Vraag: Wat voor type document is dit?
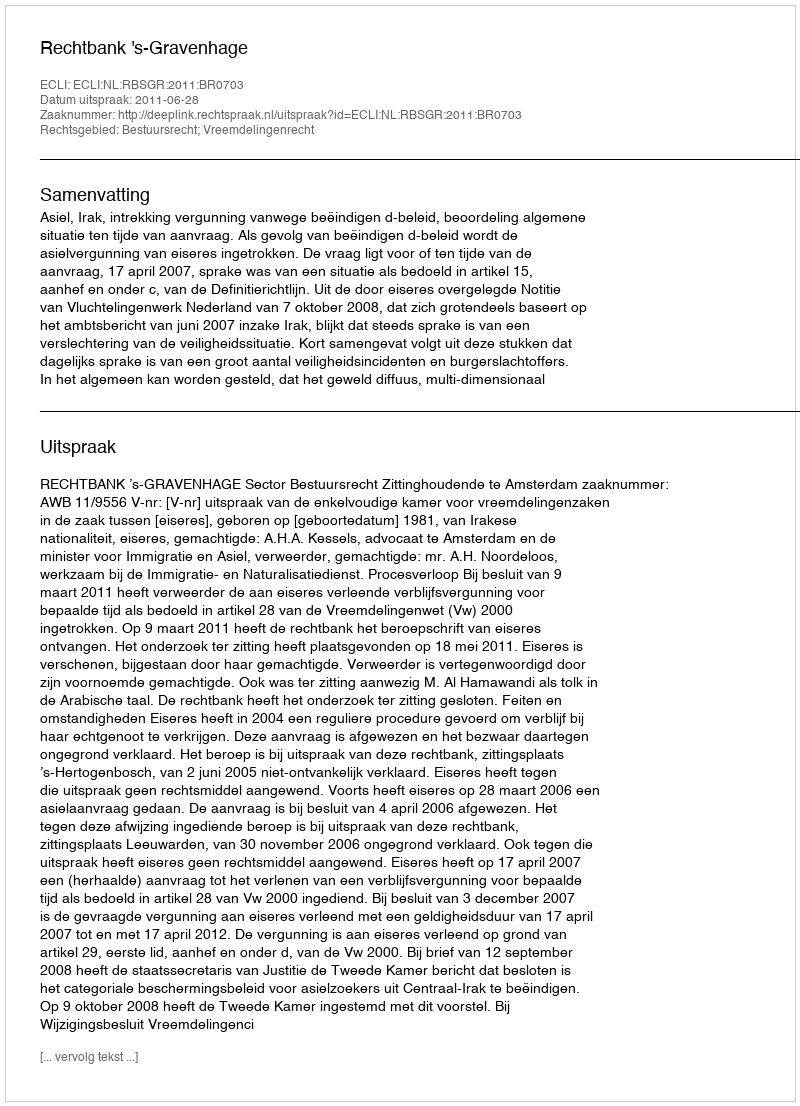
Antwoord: Uitspraak